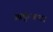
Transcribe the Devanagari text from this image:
आर्कुआटा